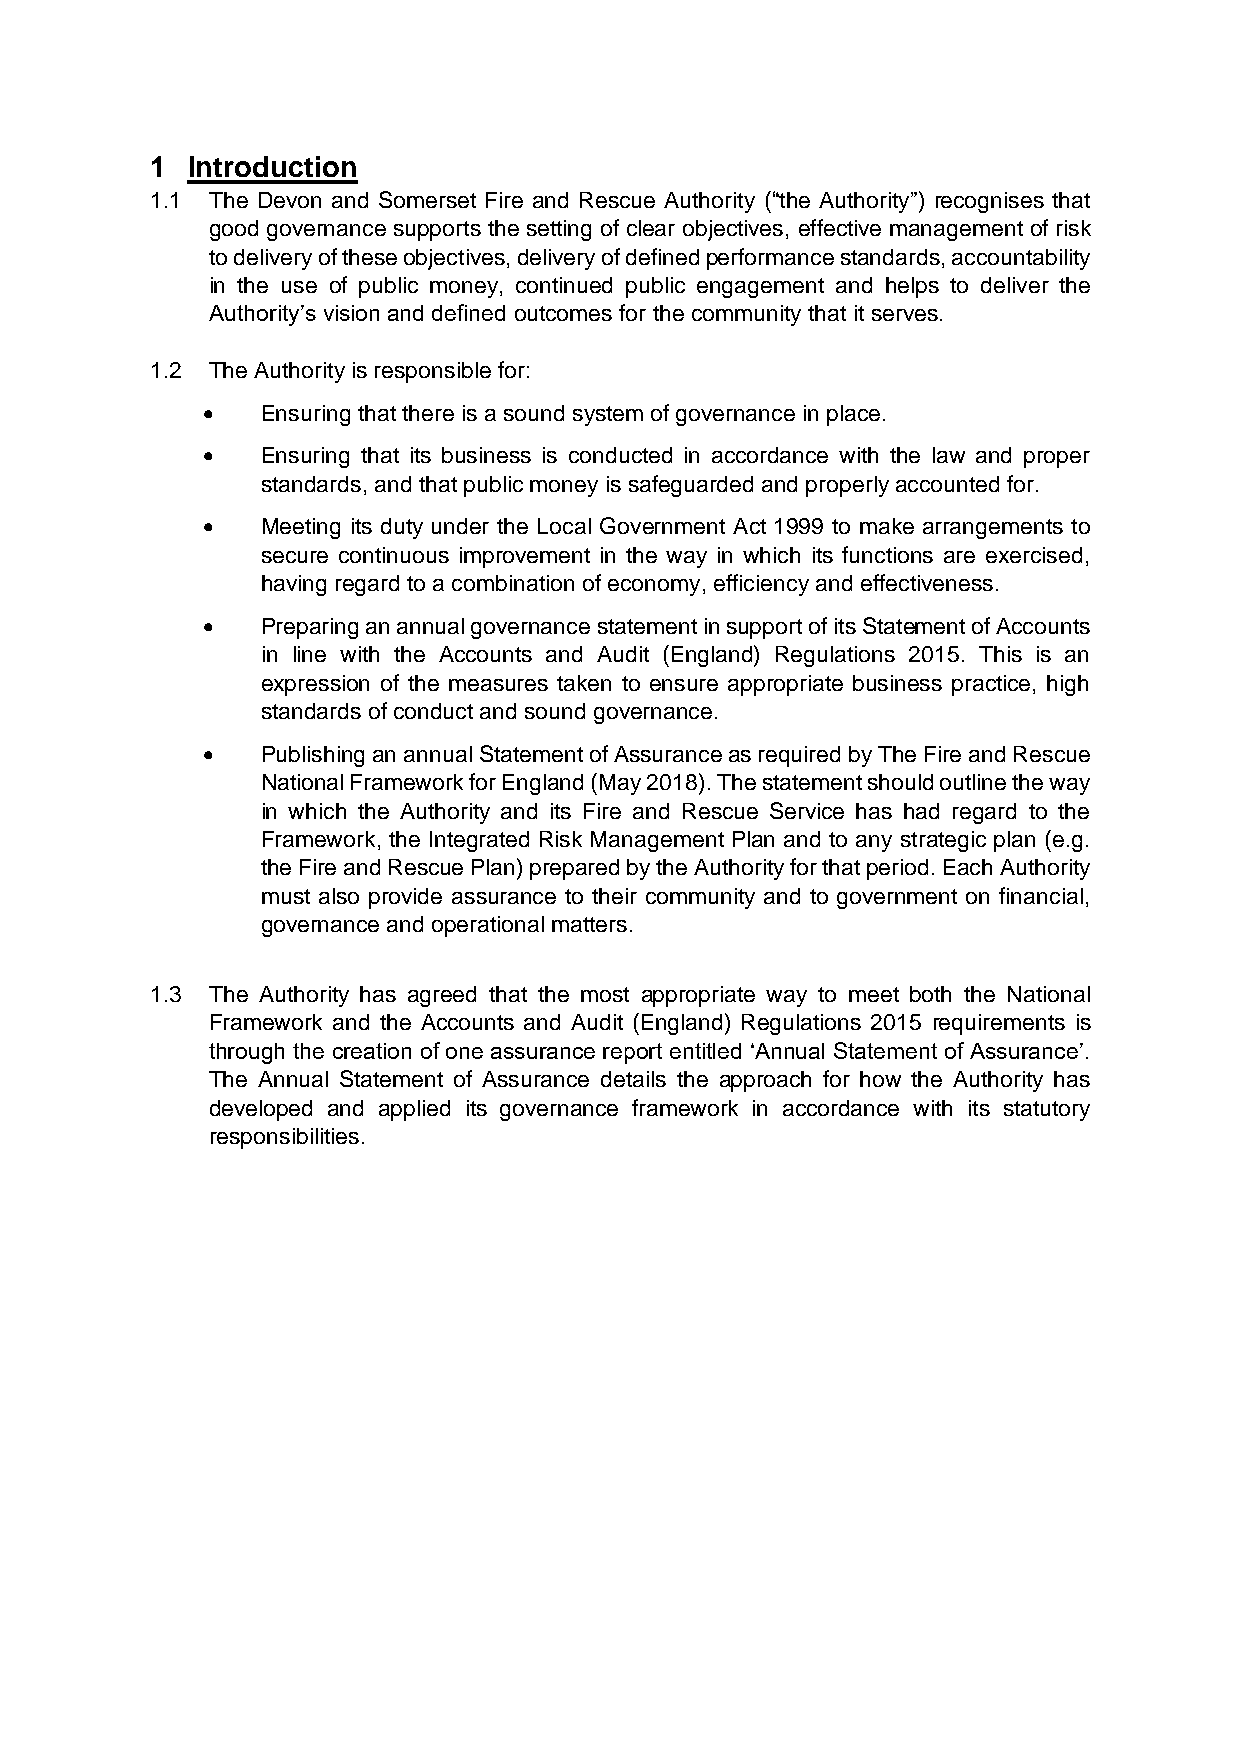
1 Introduction
 1.1 The Devon and Somerset Fire and Rescue Authority (“the Authority”) recognises that
 good governance supports the setting of clear objectives, effective management of risk
 to delivery of these objectives, delivery of defined performance standards, accountability
 in the use of public money, continued public engagement and helps to deliver the
 Authority’s vision and defined outcomes for the community that it serves.
 1.2 The Authority is responsible for:
    Ensuring that there is a sound system of governance in place.
    Ensuring that its business is conducted in accordance with the law and proper
 standards, and that public money is safeguarded and properly accounted for.
    Meeting its duty under the Local Government Act 1999 to make arrangements to
 secure continuous improvement in the way in which its functions are exercised,
 having regard to a combination of economy, efficiency and effectiveness.
    Preparing an annual governance statement in support of its Statement of Accounts
 in line with the Accounts and Audit (England) Regulations 2015. This is an
 expression of the measures taken to ensure appropriate business practice, high
 standards of conduct and sound governance.
    Publishing an annual Statement of Assurance as required by The Fire and Rescue
 National Framework for England (May 2018). The statement should outline the way
 in which the Authority and its Fire and Rescue Service has had regard to the
 Framework, the Integrated Risk Management Plan and to any strategic plan (e.g.
 the Fire and Rescue Plan) prepared by the Authority for that period. Each Authority
 must also provide assurance to their community and to government on financial,
 governance and operational matters.
 1.3 The Authority has agreed that the most appropriate way to meet both the National
 Framework and the Accounts and Audit (England) Regulations 2015 requirements is
 through the creation of one assurance report entitled ‘Annual Statement of Assurance’.
 The Annual Statement of Assurance details the approach for how the Authority has
 developed and applied its governance framework in accordance with its statutory
 responsibilities.